Report on the lunatic asylums under the Government of Bombay - 1904-1913
Year: 1904
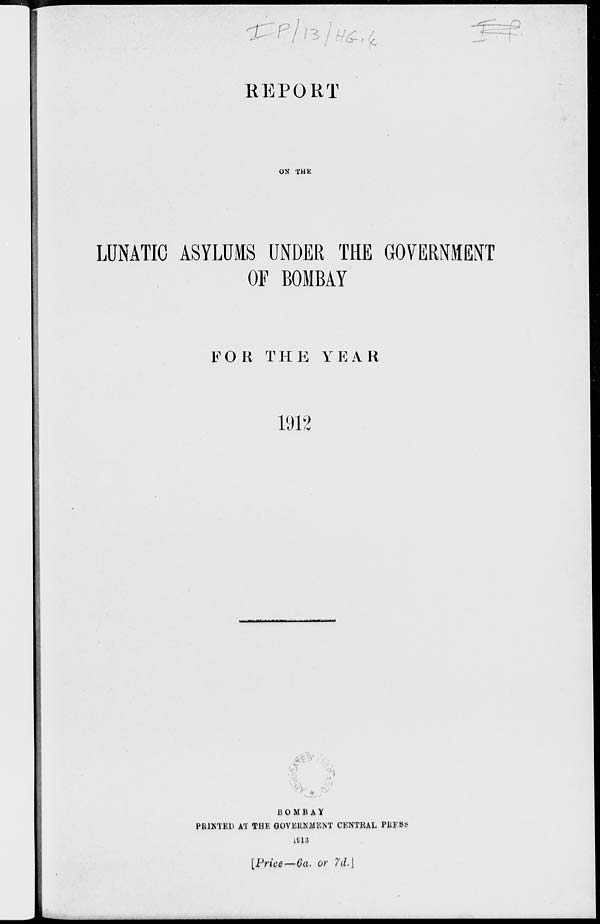
REPORT
ON THE
LUNATIC ASYLUMS UNDER THE GOVERNMENT
OF BOMBAY
FOR THE YEAR
1912
BOMBAY
PRINTED AT THE GOVERNMENT CENTRAL PRESS
1913
[Price—6a. or 7d.]